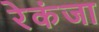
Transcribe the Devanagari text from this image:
रेकंजा